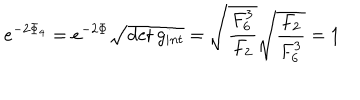
e ^ { - 2 \Phi _ { 4 } } = e ^ { - 2 \Phi } \sqrt { \det g _ { i n t } } = \sqrt { { \frac { F _ { 6 } ^ { 3 } } { F _ { 2 } } } } \sqrt { { \frac { F _ { 2 } } { F _ { 6 } ^ { 3 } } } } = 1